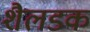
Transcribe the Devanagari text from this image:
शैलडक